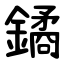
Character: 鐍